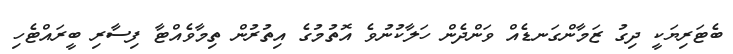
ބެޓަރިޔަކީ ދިގު ޒަމާންގަނޑެއް ވަންދެން ހަލާކުނުވެ އޮތުމުގެ އިތުރުން ތިމާވެއްޓާ ފިސާރި ބީރައްޓެހި